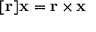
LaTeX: [ \mathbf { r } ] \mathbf { x } = \mathbf { r } \times \mathbf { x }